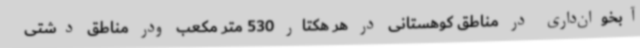
آبخوان‌داری در مناطق کوهستانی در هر هکتار 530 متر مکعب ودر مناطق دشتی